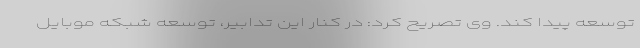
توسعه پیدا کند. وی تصریح کرد: در کنار این تدابیر، توسعه شبکه موبایل